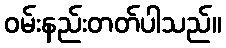
ဝမ်းနည်းတတ်ပါသည်။